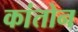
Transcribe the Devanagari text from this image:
कांतोन